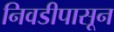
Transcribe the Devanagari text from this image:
निवडीपासून